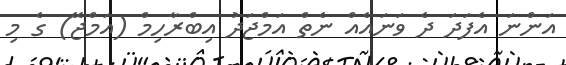
އަންނަ އެފަދަ ދެ ވަނައެއް ނެތް އަމްޖަދު އިބްރާހިމް (އަމްޖޭ) ގެ މި